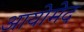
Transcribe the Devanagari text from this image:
आयोमेद